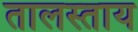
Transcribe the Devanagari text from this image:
तालस्ताय